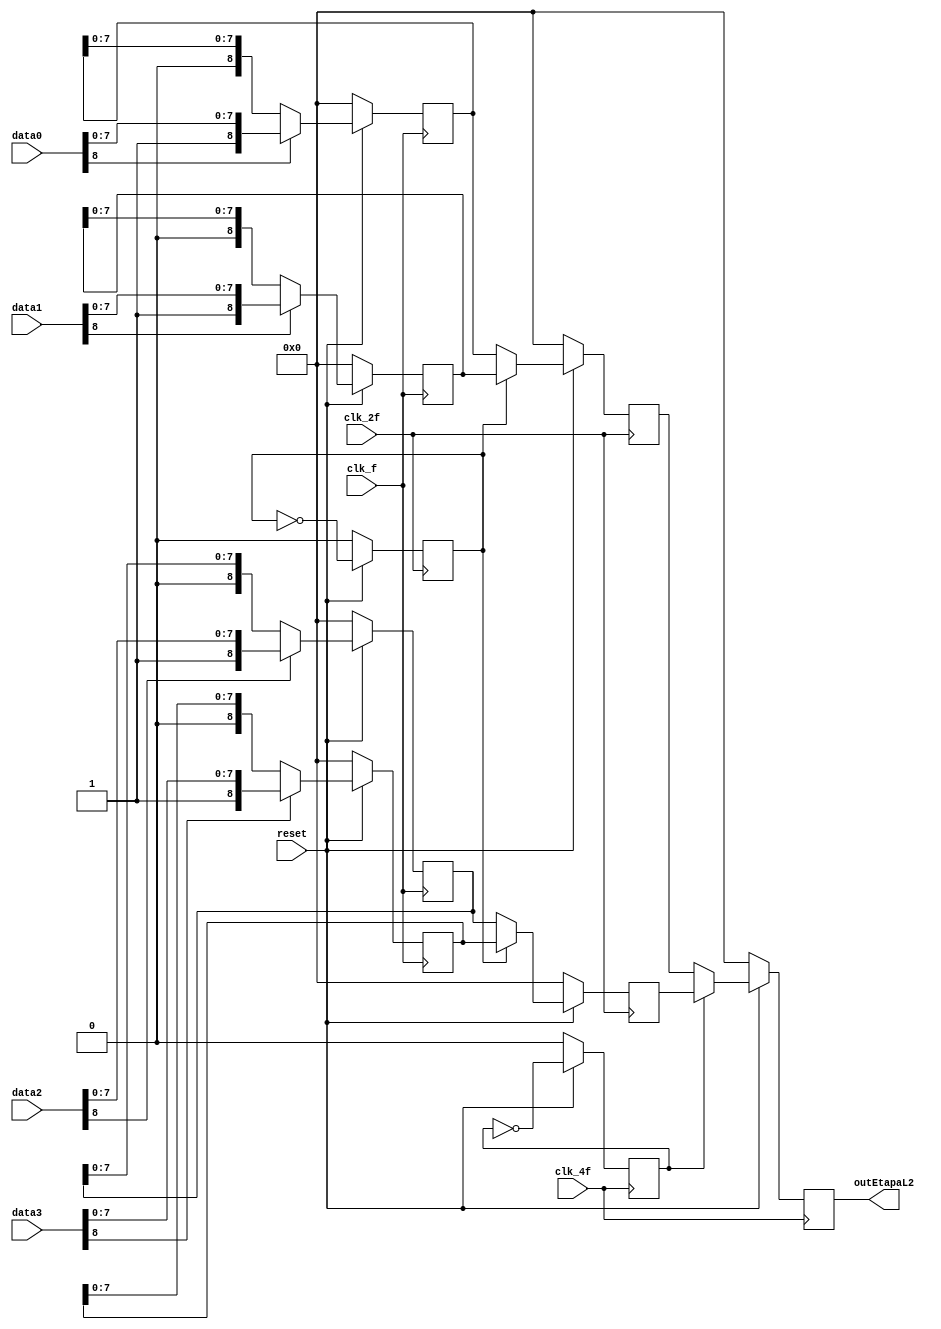
module muxes(	
		input clk_f,
		input clk_2f,
		input clk_4f,
		input reset,	
		input [8:0] data0,
		input [8:0] data1,
		input [8:0] data2,
		input [8:0] data3,
		output reg [8:0] outEtapaL2);


	reg [8:0] outEtapaL1L2_0, outEtapaL1L2_1;
	reg selectorL1, selectorL2;
	reg [8:0] etapa1_preData0, etapa1_preData1, etapa1_preData2, etapa1_preData3;
	reg [8:0] etapa2_preData0, etapa2_preData1;

	always @(posedge clk_f) begin
		etapa1_preData0 <= (data0[8] ? data0 : {1'b0, etapa1_preData0[7:0]});
		etapa1_preData1 <= (data1[8] ? data1 : {1'b0, etapa1_preData1[7:0]});
		etapa1_preData2 <= (data2[8] ? data2 : {1'b0, etapa1_preData2[7:0]});
		etapa1_preData3 <= (data3[8] ? data3 : {1'b0, etapa1_preData3[7:0]});


		if (~reset) begin
			etapa1_preData0 <= 0;
			etapa1_preData1 <= 0;
			etapa1_preData2 <= 0;
			etapa1_preData3 <= 0;

		end

	end
	
	always @(posedge clk_2f) begin
		etapa2_preData0 <= outEtapaL1L2_0 ;
		etapa2_preData1 <= outEtapaL1L2_1 ;

		if (~reset) begin
			etapa2_preData0 <= 0;
			etapa2_preData1 <= 0;
			selectorL1 <= 0;
		end
		else
			selectorL1 <= ~selectorL1;	

	end

	always @(posedge clk_4f) begin
		if (~reset) begin
			outEtapaL2 <= 0;
			selectorL2 <= 0;
		end
		else begin
			selectorL2 <= ~selectorL2;
			
			if(selectorL2)
				outEtapaL2 <= etapa2_preData1;
			else
				outEtapaL2 <= etapa2_preData0;
		end



	end

/////////////////////////////////////////////////////////////////////

	always @(*) begin
		if (~reset) begin
			outEtapaL1L2_0 = 0;
			outEtapaL1L2_1 = 0;
		end
		else begin
			if(selectorL1) begin
				outEtapaL1L2_0 = etapa1_preData1;
				outEtapaL1L2_1 = etapa1_preData3;
			end
			else begin
				outEtapaL1L2_0 = etapa1_preData0;
				outEtapaL1L2_1 = etapa1_preData2;

			end
			
		end	
	
	end


endmodule